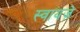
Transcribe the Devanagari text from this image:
स्वायज़े